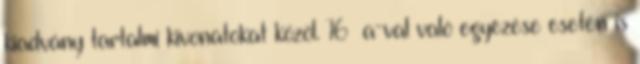
kiadvány tartalmi kivonatokat közöl. 16 a-val való egyezése esetén is